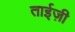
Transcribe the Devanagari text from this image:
ताईज़ी